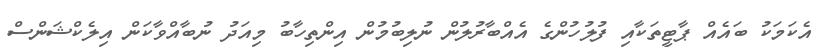
އެކަމަކު ބައެއް ޕާޓީތަކާއި ފުލުހުންގެ އެއްބާރުލުން ނުލިބުމުން އިންތިހާބު މިއަދު ނުބާއްވާކަން އިލެކްޝަންސް